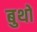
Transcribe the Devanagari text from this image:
बुथो